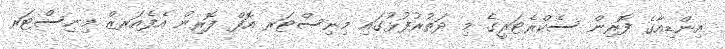
އިންޑިއާގެ ފޮރިން ސެކްރެޓަރީގެ މި ދަތުރުފުޅުގައި މިނިސްޓަރ އޮފް ފޮރިން އެފެއަރޒް މިނިސްޓަރ